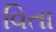
વિતા